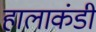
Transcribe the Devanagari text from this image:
हालाकंडी